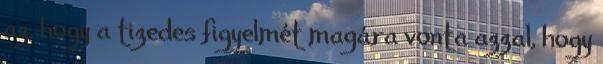
az, hogy a tizedes figyelmét magára vonta azzal, hogy